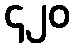
၄၂၀